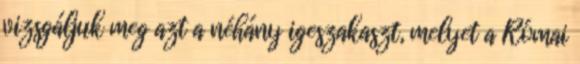
vizsgáljuk meg azt a néhány igeszakaszt, melyet a Római